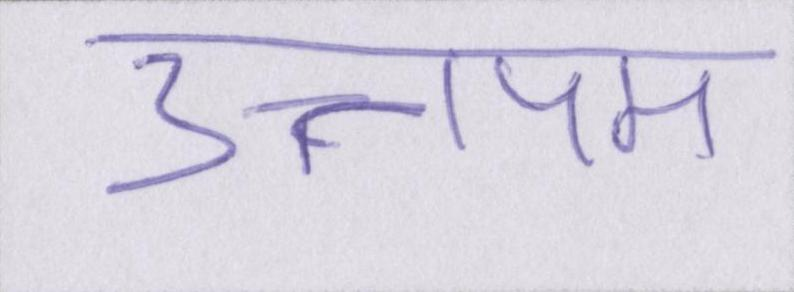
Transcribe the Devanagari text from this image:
उत्तपम